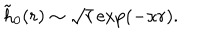
LaTeX: \tilde { h } _ { 0 } ( r ) \sim \sqrt { r } \exp ( - \kappa r ) .